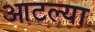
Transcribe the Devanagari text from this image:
आटल्या